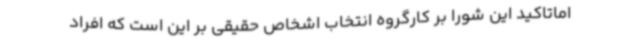
اماتاکید این شورا بر کارگروه انتخاب اشخاص حقیقی بر این است که افراد